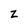
Character: Z